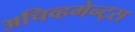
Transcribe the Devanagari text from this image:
अचिव्हमेन्ट्स